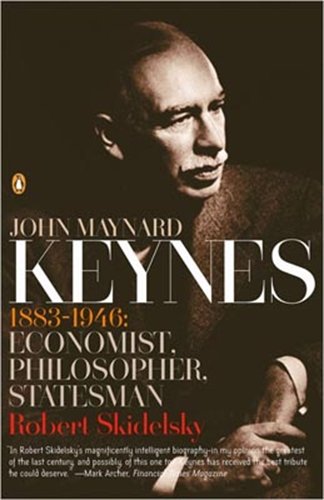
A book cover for John Maynard Keynes: 1883-1946: Economist, Philosopher, Statesman; Robert Skidelsky; Biographies & Memoirs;